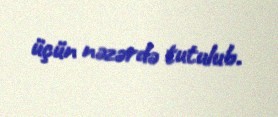
üçün nəzərdə tutulub.